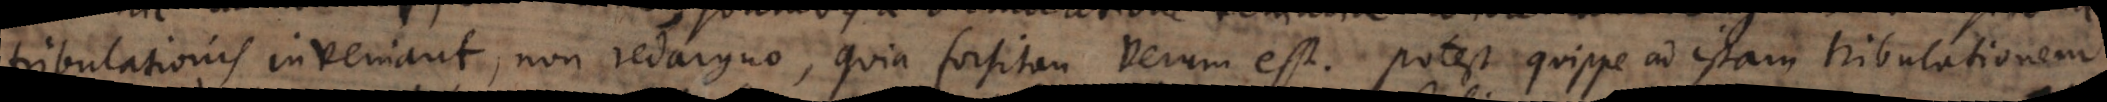
tribulationis inveniant, non redarguo, quia forsitan verum est. Potest quippe ad istam tribulationem